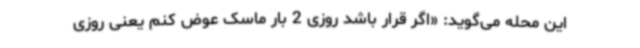
این محله می‌گوید: «اگر قرار باشد روزی 2 بار ماسک عوض کنم یعنی روزی